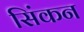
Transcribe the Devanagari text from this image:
सिंकन